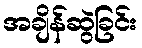
အချိန်ဆွဲခြင်း